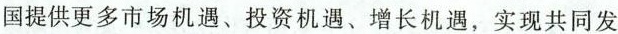
国提供更多市场机遇、投资机遇、增长机遇，实现共同发